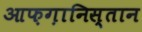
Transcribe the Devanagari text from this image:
आफ़ग़ानिस्तान